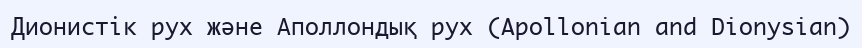
Дионистік рух және Аполлондық рух (Apollonian and Dionysian)